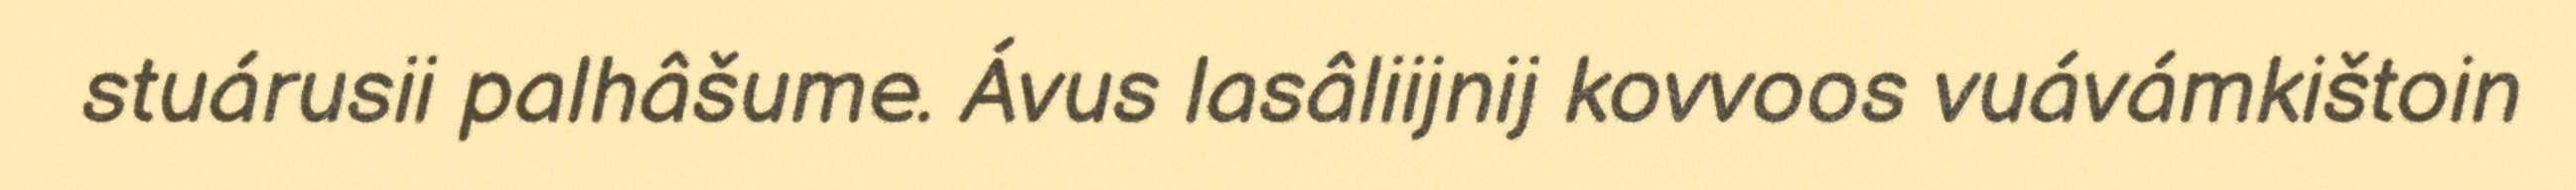
stuárusii palhâšume. Ávus lasâliijnij kovvoos vuávámkištoin